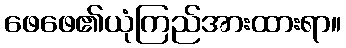
ဖေဖေ၏ယုံကြည်အားထားရာ။